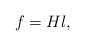
LaTeX: \begin{align*} f = Hl,\end{align*}